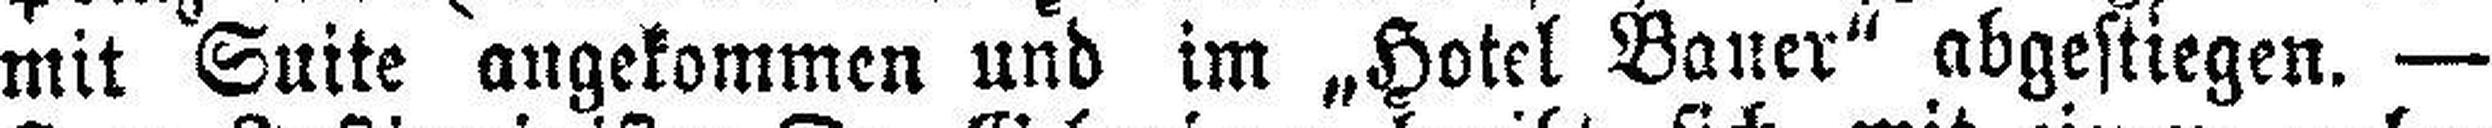
mit Suite angekommen und im „Hotel Bauer“ abgestregen. —